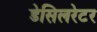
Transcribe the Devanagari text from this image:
डेसिलरेटर